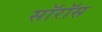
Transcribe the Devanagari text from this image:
सॉरॉस